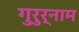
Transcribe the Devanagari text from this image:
गुरुर्नाम